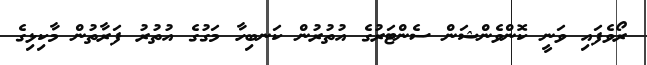
ރޯވެފައި ވަނީ ކޮންވެންޝަން ސެންޓަރުގެ އުތުރުން ކަނބިހާ މަގުގެ އުތުރު ފަރާތުން މާކިޅިގެ